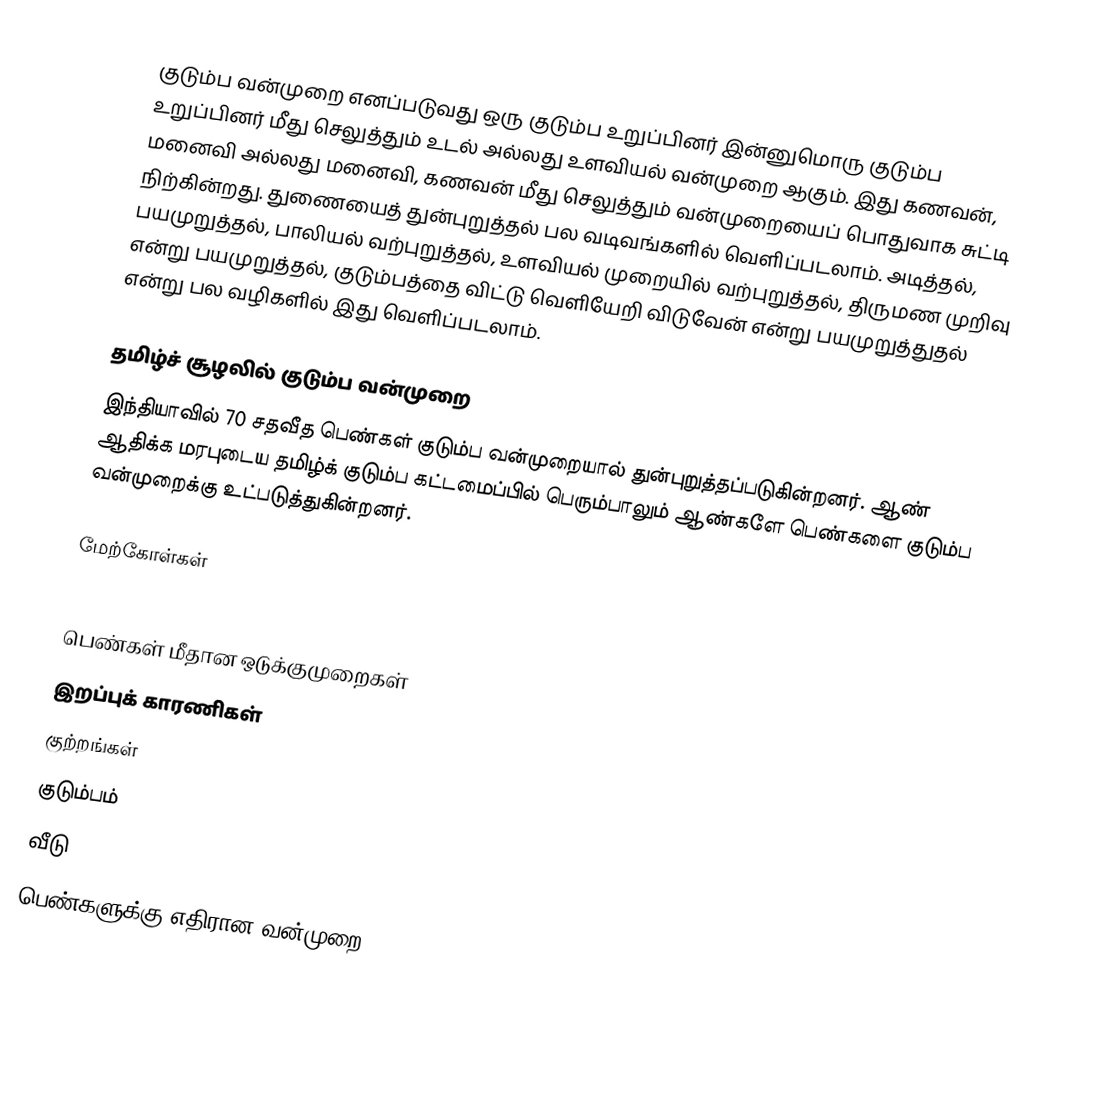
குடும்ப வன்முறை எனப்படுவது ஒரு குடும்ப உறுப்பினர் இன்னுமொரு குடும்ப உறுப்பினர் மீது செலுத்தும் உடல் அல்லது உளவியல் வன்முறை ஆகும். இது கணவன், மனைவி அல்லது மனைவி, கணவன் மீது செலுத்தும் வன்முறையைப் பொதுவாக சுட்டி நிற்கின்றது. துணையைத் துன்புறுத்தல் பல வடிவங்களில் வெளிப்படலாம். அடித்தல், பயமுறுத்தல், பாலியல் வற்புறுத்தல், உளவியல் முறையில் வற்புறுத்தல், திருமண முறிவு என்று பயமுறுத்தல், குடும்பத்தை விட்டு வெளியேறி விடுவேன் என்று பயமுறுத்துதல் என்று பல வழிகளில் இது வெளிப்படலாம்.

தமிழ்ச் சூழலில் குடும்ப வன்முறை
இந்தியாவில் 70 சதவீத பெண்கள் குடும்ப வன்முறையால் துன்புறுத்தப்படுகின்றனர். ஆண் ஆதிக்க மரபுடைய தமிழ்க் குடும்ப கட்டமைப்பில் பெரும்பாலும் ஆண்களே பெண்களை குடும்ப வன்முறைக்கு உட்படுத்துகின்றனர்.

மேற்கோள்கள்

பெண்கள் மீதான ஒடுக்குமுறைகள்
இறப்புக் காரணிகள்
குற்றங்கள்
குடும்பம்
வீடு
பெண்களுக்கு எதிரான வன்முறை